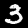
Digit: 3